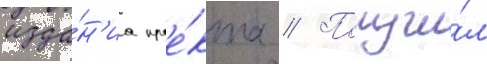
изда́н'иа прое́кта // Получи́л